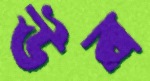
উর